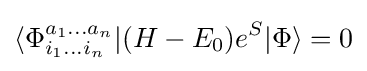
\langle \Phi _{i_{1}\ldots i_{n}}^{a_{1}\ldots a_{n}}|(H-E_{0})e^{S}|\Phi \rangle =0